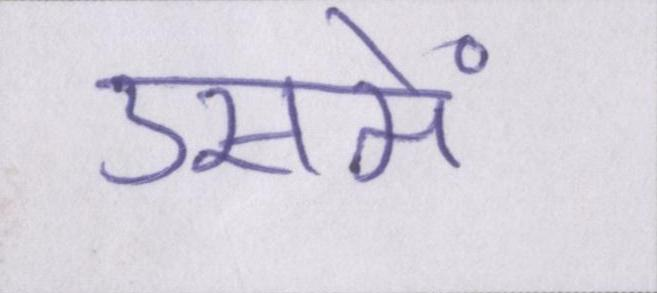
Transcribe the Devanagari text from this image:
उसमें